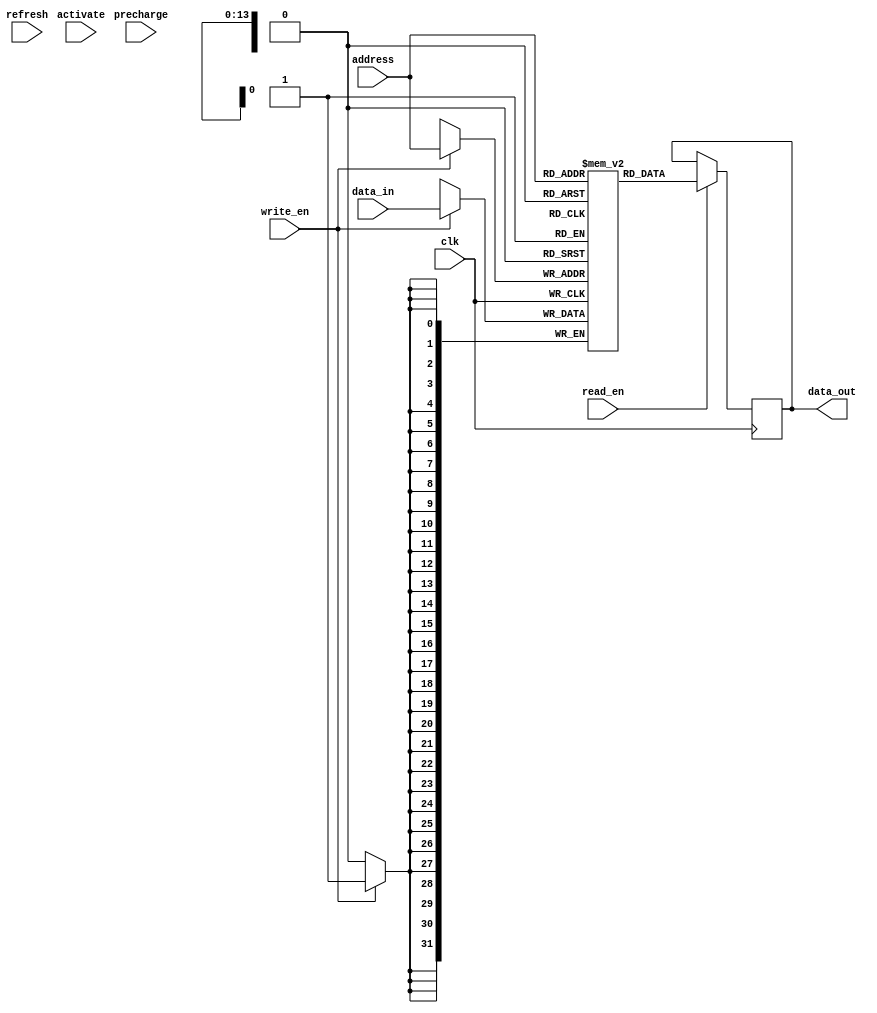
module SDRAM (
    input wire clk,
    input wire read_en,
    input wire write_en,
    input wire precharge,
    input wire activate,
    input wire refresh,
    input wire [13:0] address,
    input wire [31:0] data_in,
    output wire [31:0] data_out
);

// Define internal signals and memory arrays

reg [31:0] memory [16383:0]; // 64K memory locations

// Define address decoding logic

reg [13:0] row_address;
reg [9:0] col_address;

always @(posedge clk)
begin
    if (activate)
    begin
        row_address <= address[13:0];
        col_address <= address[9:0];
    end
end

// Define read and write operations

always @(posedge clk)
begin
    if (read_en)
    begin
        data_out <= memory[address];
    end

    if (write_en)
    begin
        memory[address] <= data_in;
    end
end

// Define control logic for precharge and refresh operations

always @(posedge clk)
begin
    if (precharge)
    begin
        // Precharge logic here
    end

    if (refresh)
    begin
        // Refresh logic here
    end
end

endmodule